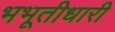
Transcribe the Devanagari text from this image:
भभूतीधारी